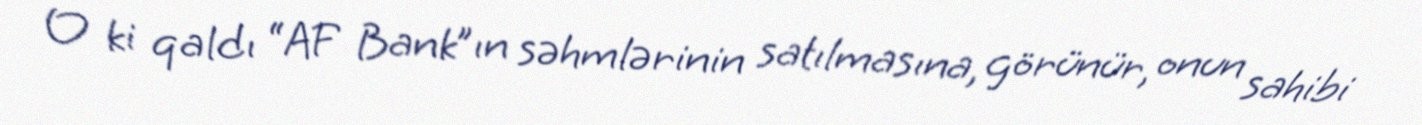
O ki qaldı “AF Bank”ın səhmlərinin satılmasına, görünür, onun sahibi